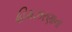
હિમઝરણાના